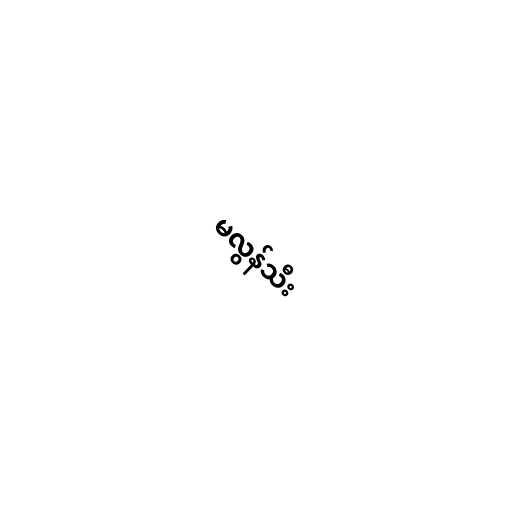
မလွန်သီး